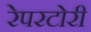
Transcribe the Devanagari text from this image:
रेपरटोरी